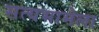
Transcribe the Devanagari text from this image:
सत्यभामेला